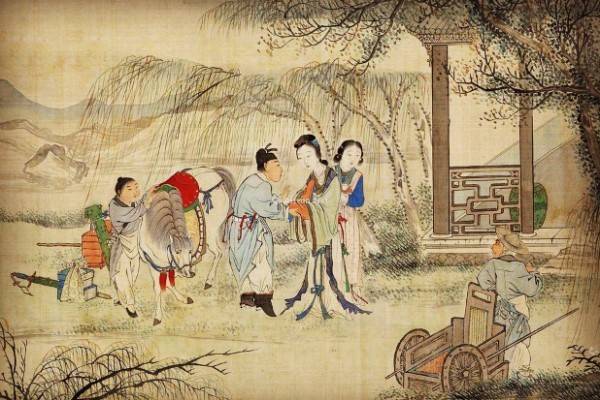
今孝子之为亲度也，将奈何哉？